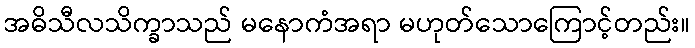
အဓိသီလသိက္ခာသည် မနောကံအရာ မဟုတ်သောကြောင့်တည်း။